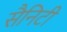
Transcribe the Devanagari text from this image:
सैनिटी